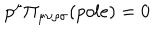
p ^ { \mu } \Pi _ { \mu \nu \rho \sigma } ( p o l e ) = 0